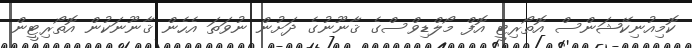
ކޮމިއުނިކޭޝަންސް އޮތޯރިޓީ އޮފް މޯލްޑިވްސްގެ ޤާނޫނުގެ ދަށުން ނުވަތަ އެހެން ޤާނޫނަކުން އޮތޯރިޓީން